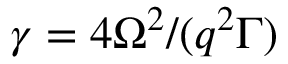
\gamma = 4 \Omega ^ { 2 } / ( q ^ { 2 } \Gamma )